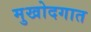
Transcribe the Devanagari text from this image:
मुखोदगात